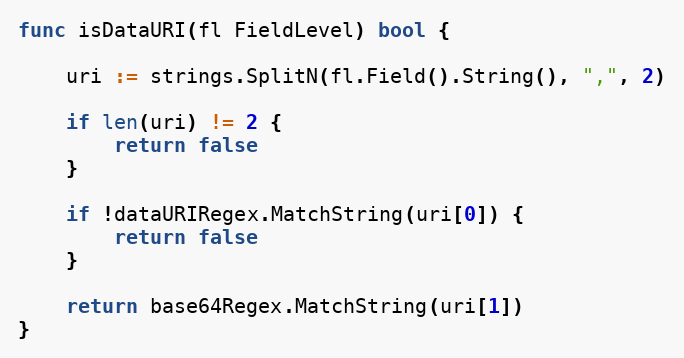
Language: Go
func isDataURI(fl FieldLevel) bool {

	uri := strings.SplitN(fl.Field().String(), ",", 2)

	if len(uri) != 2 {
		return false
	}

	if !dataURIRegex.MatchString(uri[0]) {
		return false
	}

	return base64Regex.MatchString(uri[1])
}